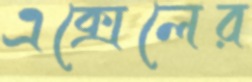
এক্সেলের